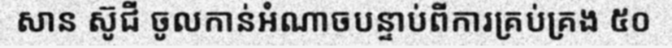
សាន ស៊ូជី ចូលកាន់អំណាចបន្ទាប់ពីការគ្រប់គ្រង ៥០